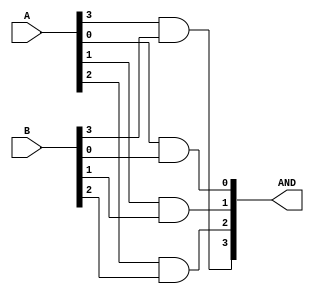
module AND_gate4(
input [3:0]A,
input [3:0]B,
output [3:0]AND
    );
    
    and A0(AND[0],A[0],B[0]);
    and A1(AND[1],A[1],B[1]);
    and A2(AND[2],A[2],B[2]);
    and A3(AND[3],A[3],B[3]);
    
endmodule